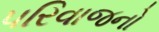
પરિવાજનો